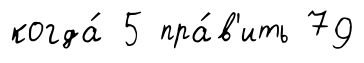
когда́ 5 пра́в'ить 79